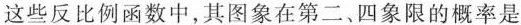
这些反比例函数中，其图象在第二、四象限的概率是